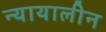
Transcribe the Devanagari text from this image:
न्यायालीन